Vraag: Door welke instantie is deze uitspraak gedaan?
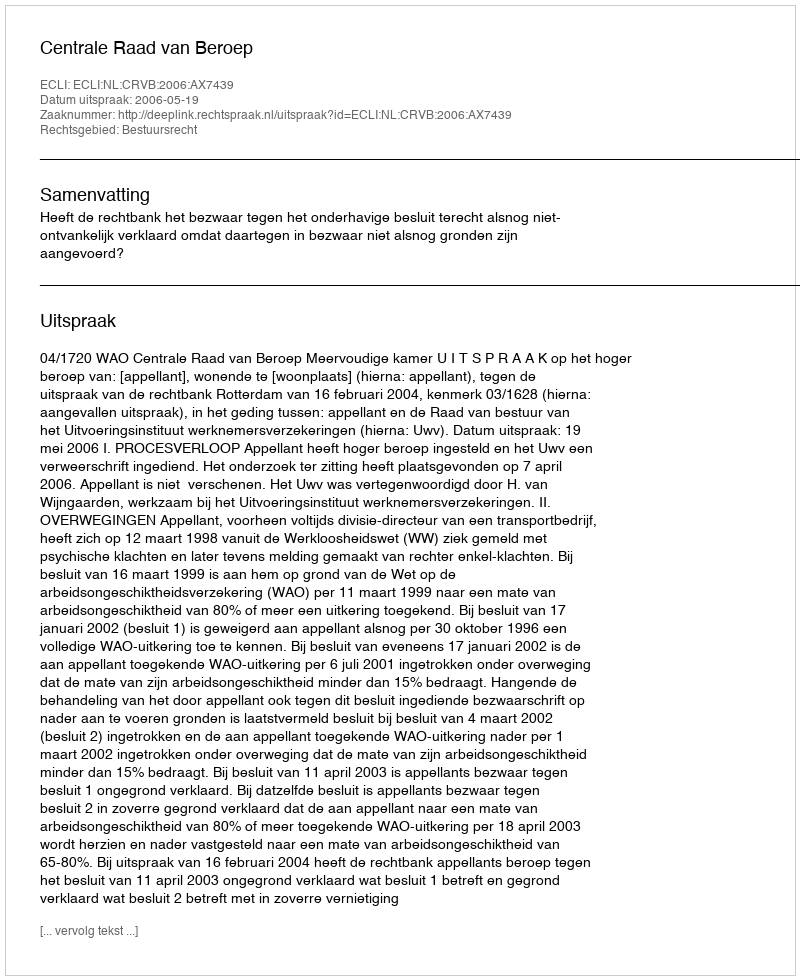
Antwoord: Centrale Raad van Beroep